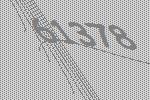
61378